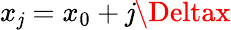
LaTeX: x_{\mathit{j}}=x_{0}+\mathit{j}\Deltax